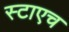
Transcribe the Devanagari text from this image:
स्टाएच